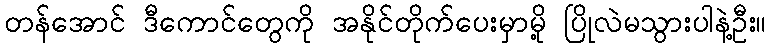
တန်အောင် ဒီကောင်တွေကို အနိုင်တိုက်ပေးမှာမို့ ပြိုလဲမသွားပါနဲ့ဦး။